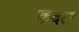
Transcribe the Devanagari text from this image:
कदल